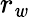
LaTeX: r_{\mathit{w}}